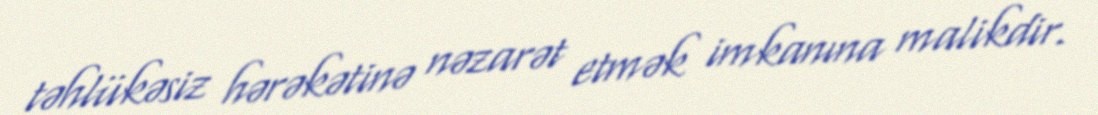
təhlükəsiz hərəkətinə nəzarət etmək imkanına malikdir.